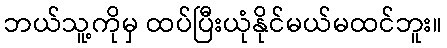
ဘယ်သူ့ကိုမှ ထပ်ပြီးယုံနိုင်မယ်မထင်ဘူး။